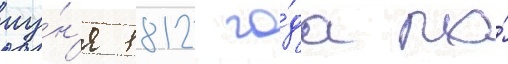
иу́н'я 1812 го́да по́